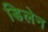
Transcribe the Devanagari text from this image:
डिलेन